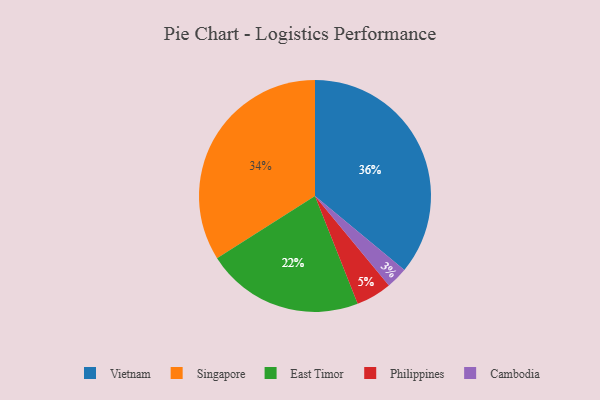
{"axis": {"x": "Category", "y": "Percentage"}, "legend": ["Cambodia", "East Timor", "Philippines", "Singapore", "Vietnam"], "data": [{"x": "East Timor", "y": 22, "type": "East Timor"}, {"x": "Singapore", "y": 34, "type": "Singapore"}, {"x": "Cambodia", "y": 3, "type": "Cambodia"}, {"x": "Philippines", "y": 5, "type": "Philippines"}, {"x": "Vietnam", "y": 36, "type": "Vietnam"}]}